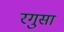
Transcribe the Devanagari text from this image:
रगुसा